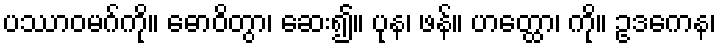
ပဿာဝမဂ်ကို။ ဓောဝိတွာ၊ ဆေး၍။ ပုန၊ ဖန်။ ဟတ္ထော၊ ကို။ ဥဒကေန၊